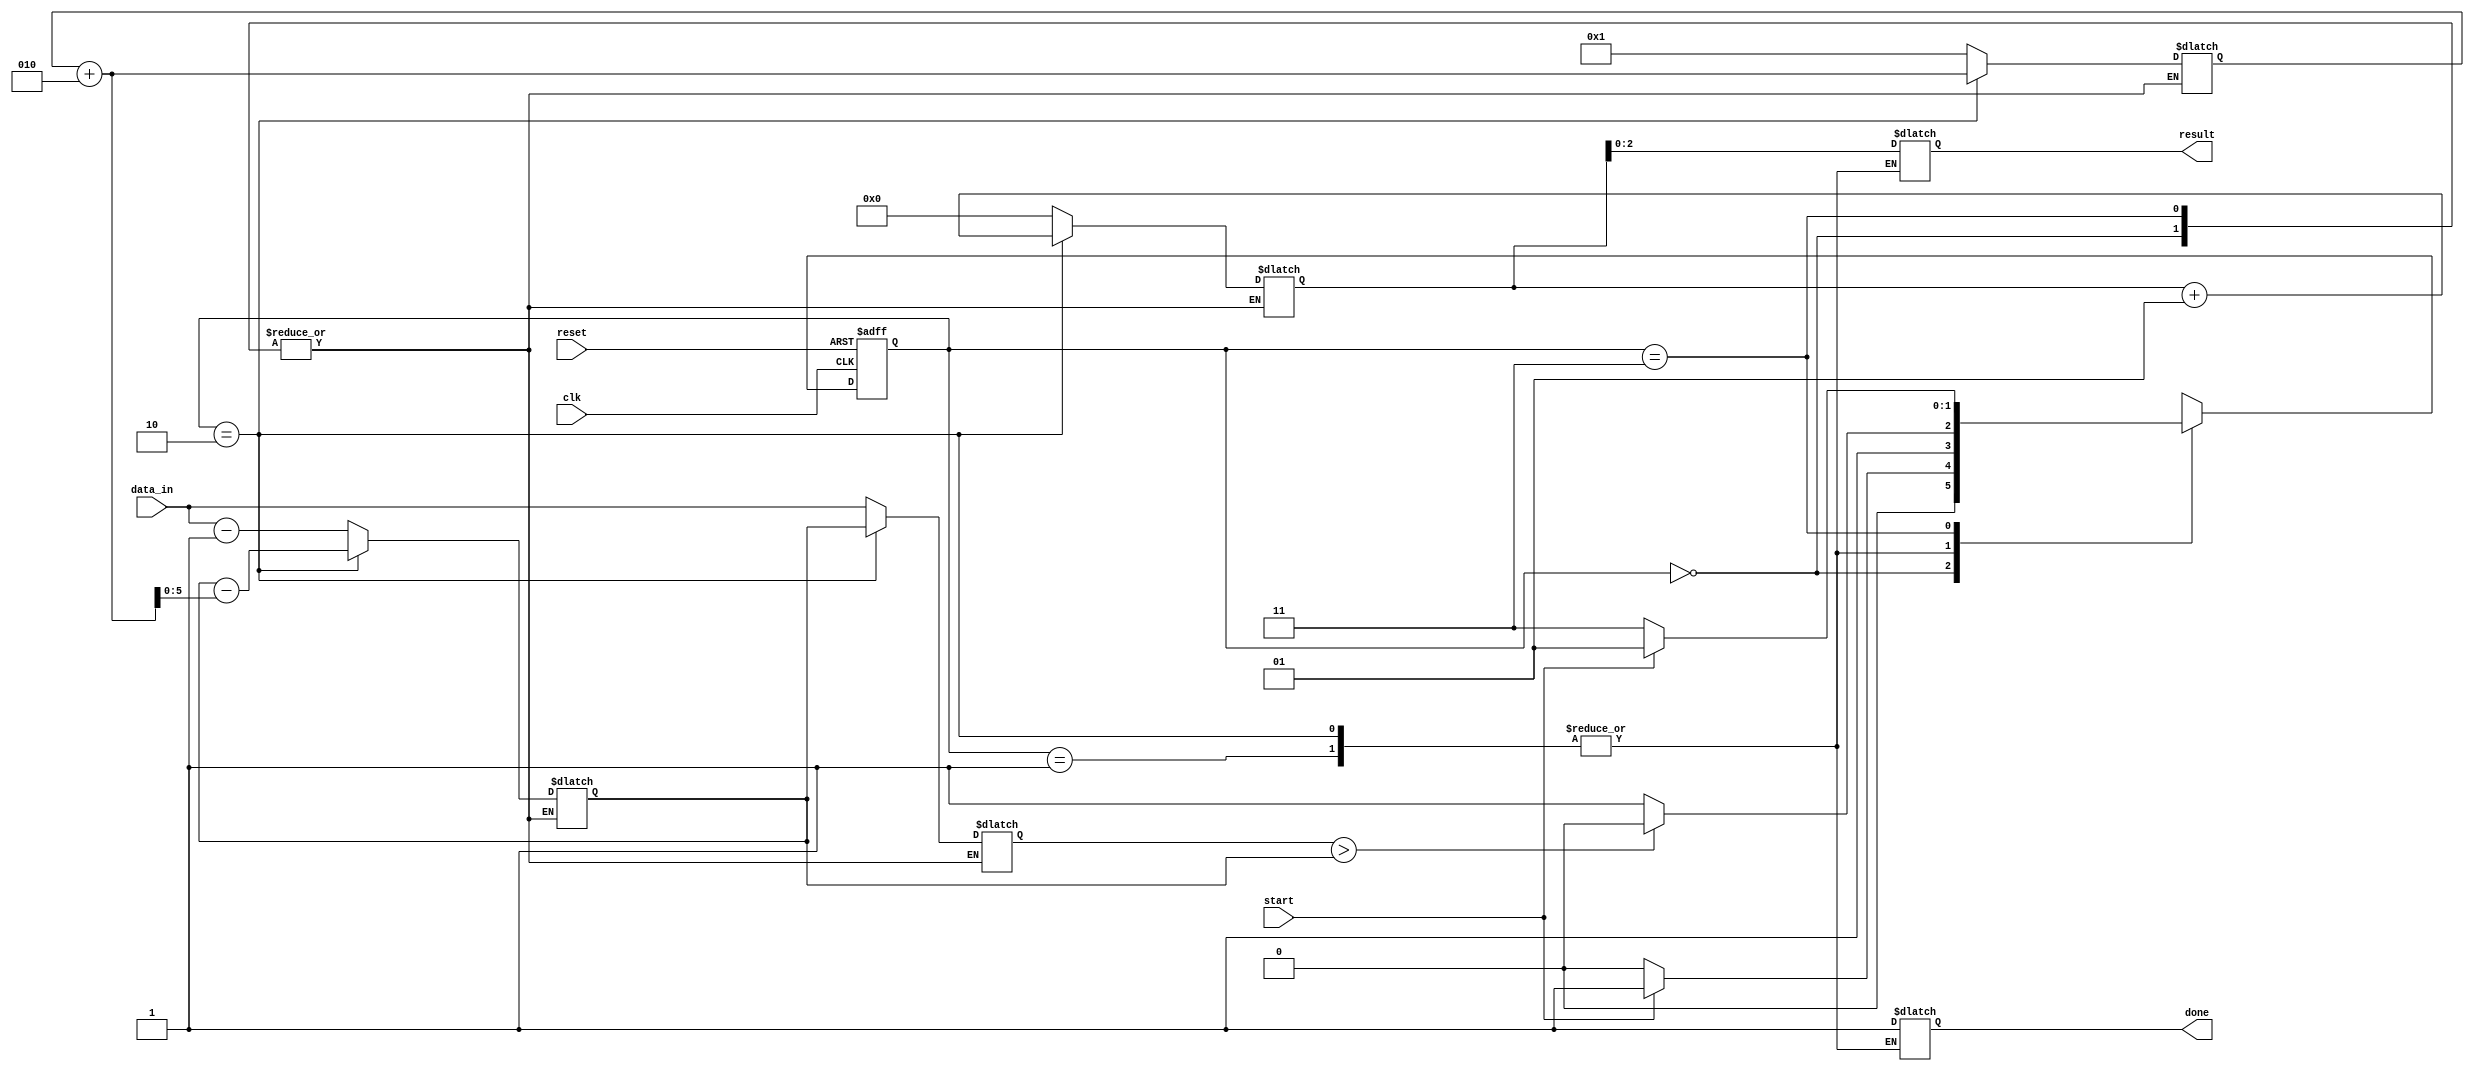

module sqrt (
    input[5:0] data_in,
    input start, reset, clk,
    output reg[2:0] result, output reg done 
);
    localparam[1:0] WAIT=0, S1=1, S2=2, S3=3;
    reg[1:0] present_state=WAIT, next_state=WAIT;

    reg[5:0] num, num_temp;
    integer cnt = 0, i_odd = 1;

    // Present state register
    always @(posedge clk or posedge reset) begin: L_PRESENT_STATE_REGISTER
        if(reset) begin
            present_state <= WAIT;
        end else begin
            present_state <= next_state;
        end
    end


    // Next state logic
    always@(*) begin:L_NEXT_STATE_LOGIC
        casex(present_state)
            WAIT: next_state = start?S1:WAIT;
            S1: next_state = num>num_temp?S2:S3;
            S2: next_state = num>num_temp?S2:S3;
            S3: next_state = start?S1:S3;
            default: next_state = WAIT;
        endcase
    end

    // Output decoder 
    always@(present_state) begin:L_OUTPUT_DECODER
        casex(present_state)
            WAIT: begin
                done = 'bz;
                result = 'bz;
            end
            S1: begin
                num = data_in;
                cnt = 0;
                i_odd = 1;
                num_temp = num - i_odd;
            end
            S2: begin
                num = num_temp;
                i_odd = i_odd + 2;
                cnt = cnt + 1;
                num_temp = num - i_odd;
            end
            S3: begin
                done = 'b1;
                result = cnt;
            end
            default:begin
                done = 'bz;
                result = 'bz;
                num = 'bz;
                cnt = 'bz;
                i_odd = 'bz;
                num_temp = 'bz;
            end
        endcase
    end
    
endmodule